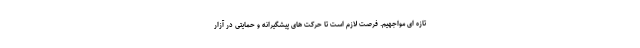
تازه ای مواجهیم. فرصت لازم است تا حرکت های پیشگیرانه و حمایتی در آزار